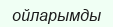
ойларымды